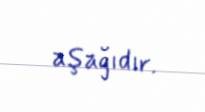
aşağıdır.